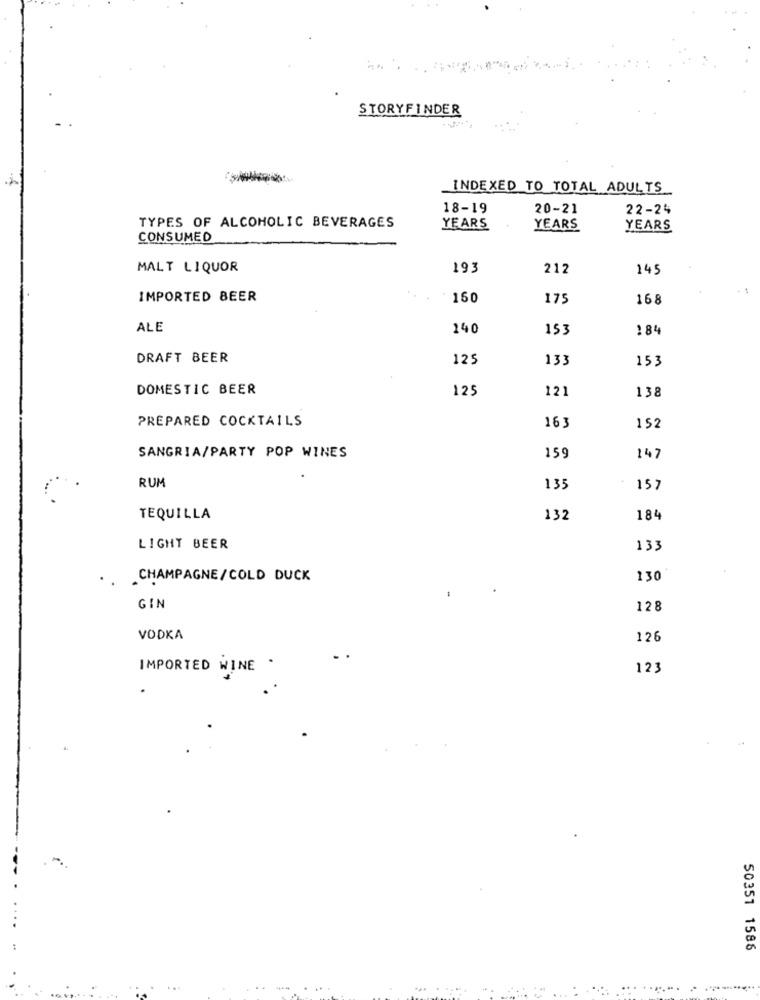
STORYFINDER
INDEXED TO TOTAL ADULTS_
18-19
20-21
22-24
TYPES OF ALCOHOLIC BEVERAGES
YEARS
YEARS
YEARS
CONSUMED
MALT LIQUOR
193
212
145
IMPORTED BEER
150
175
168
ALE
140
153
184
DRAFT BEER
125
133
153
DOMESTIC BEER
125
121
138
PREPARED COCKTAILS
163
152
SANGRIA/PARTY POP WINES
159
147
RUM
135
157
TEQUILLA
132
184
LIGHT BEER
133
CHAMPAGNE/COLD DUCK
130
GIN
128
VODKA
126
IMPORTED WINE .
123
50351 1586